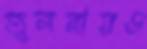
তুলনায়ও